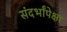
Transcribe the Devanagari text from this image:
संदर्भांपेक्षा